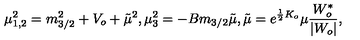
\mu _ { 1 , 2 } ^ { 2 } = m _ { 3 / 2 } ^ { 2 } + V _ { o } + { \tilde { \mu } } ^ { 2 } , \mu _ { 3 } ^ { 2 } = - B m _ { 3 / 2 } { \tilde { \mu } } , { \tilde { \mu } } = e ^ { \frac { 1 } { 2 } K _ { o } } \mu \frac { W _ { o } ^ { * } } { | W _ { o } | } ,